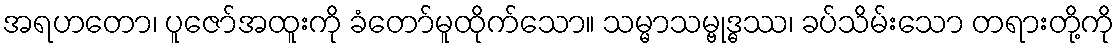
အရဟတော၊ ပူဇော်အထူးကို ခံတော်မူထိုက်သော။ သမ္မာသမ္ဗုဒ္ဓဿ၊ ခပ်သိမ်းသော တရားတို့ကို